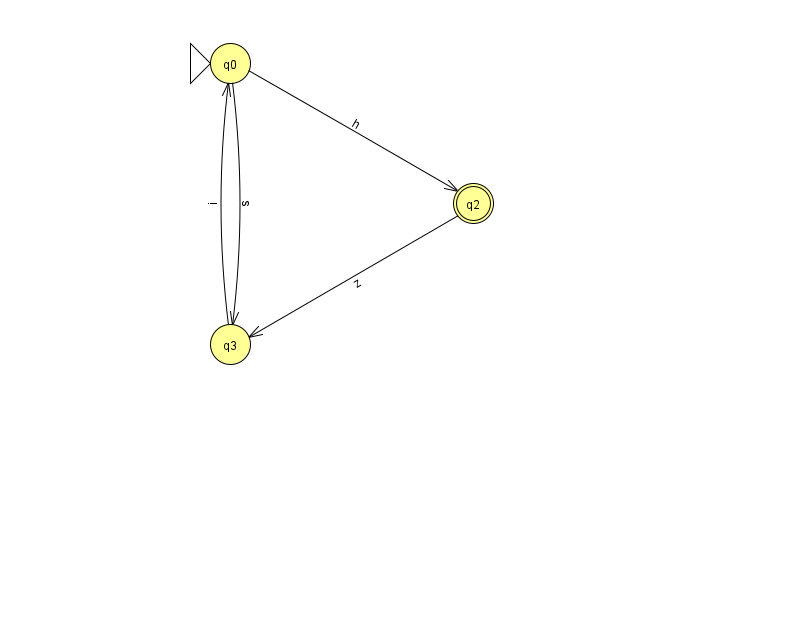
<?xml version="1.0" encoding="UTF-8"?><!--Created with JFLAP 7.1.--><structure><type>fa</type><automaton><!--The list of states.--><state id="0" name="q0"><x>230.0</x><y>50.0</y><initial/></state><state id="2" name="q2"><x>473.0</x><y>190.0</y><final/></state><state id="3" name="q3"><x>230.0</x><y>331.0</y></state><!--The list of transitions.--><transition><from>0</from><to>3</to><read>s</read></transition><transition><from>3</from><to>0</to><read>i</read></transition><transition><from>0</from><to>2</to><read>h</read></transition><transition><from>2</from><to>3</to><read>z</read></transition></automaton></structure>